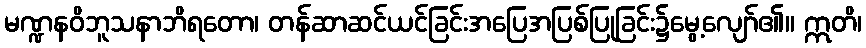
မဏ္ဍနဝိဘူသနာဘိရတော၊ တန်ဆာဆင်ယင်ခြင်းအပြေအပြစ်ပြုခြင်း၌မွေ့လျော်၏။ ဣတိ၊